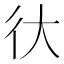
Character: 㣕